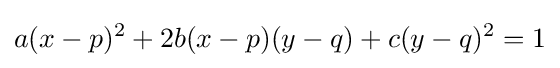
a(x-p)^{2}+2b(x-p)(y-q)+c(y-q)^{2}=1